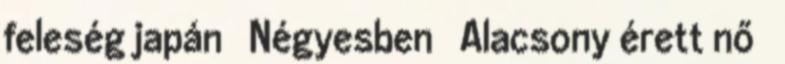
feleség japán ▪ Négyesben ▪ Alacsony érett nő ▪